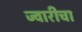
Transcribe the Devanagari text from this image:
ज्वारीचा